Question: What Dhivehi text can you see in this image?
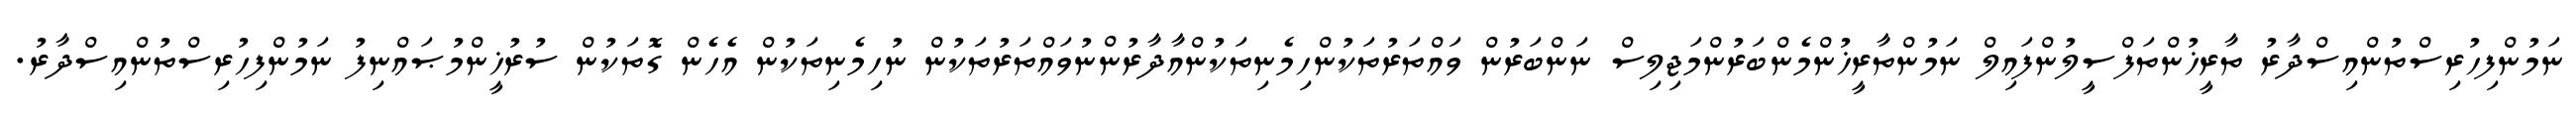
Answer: ނަމުންފިހުރިސްތުންއިސްދާރު ތާރީޚުންތަފްސީލުންފައިލް ނަމުންތާރީޚުންމެންބަރުންމަޖިލިސް ނަންބަރުން ވައްތަރުތަކުންހިމެނިތަކުންއާދާރުންނުވައްތަރުތަކުން ނުހިމެނިތަކުން އެހެން ގޮތަކުން ސުރުޚީންމުޞައްނިފު ނަމުންފިހުރިސްތުންއިސްދާރު.